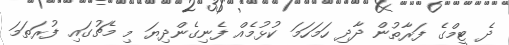
ދެ ޓީމްގެ ފަރާތުން ދާދި ހަމަހަމަ ކުޅުމެއް ފެނިގެންދިޔަ މި މެޗުގައި ފުރަތަމަ